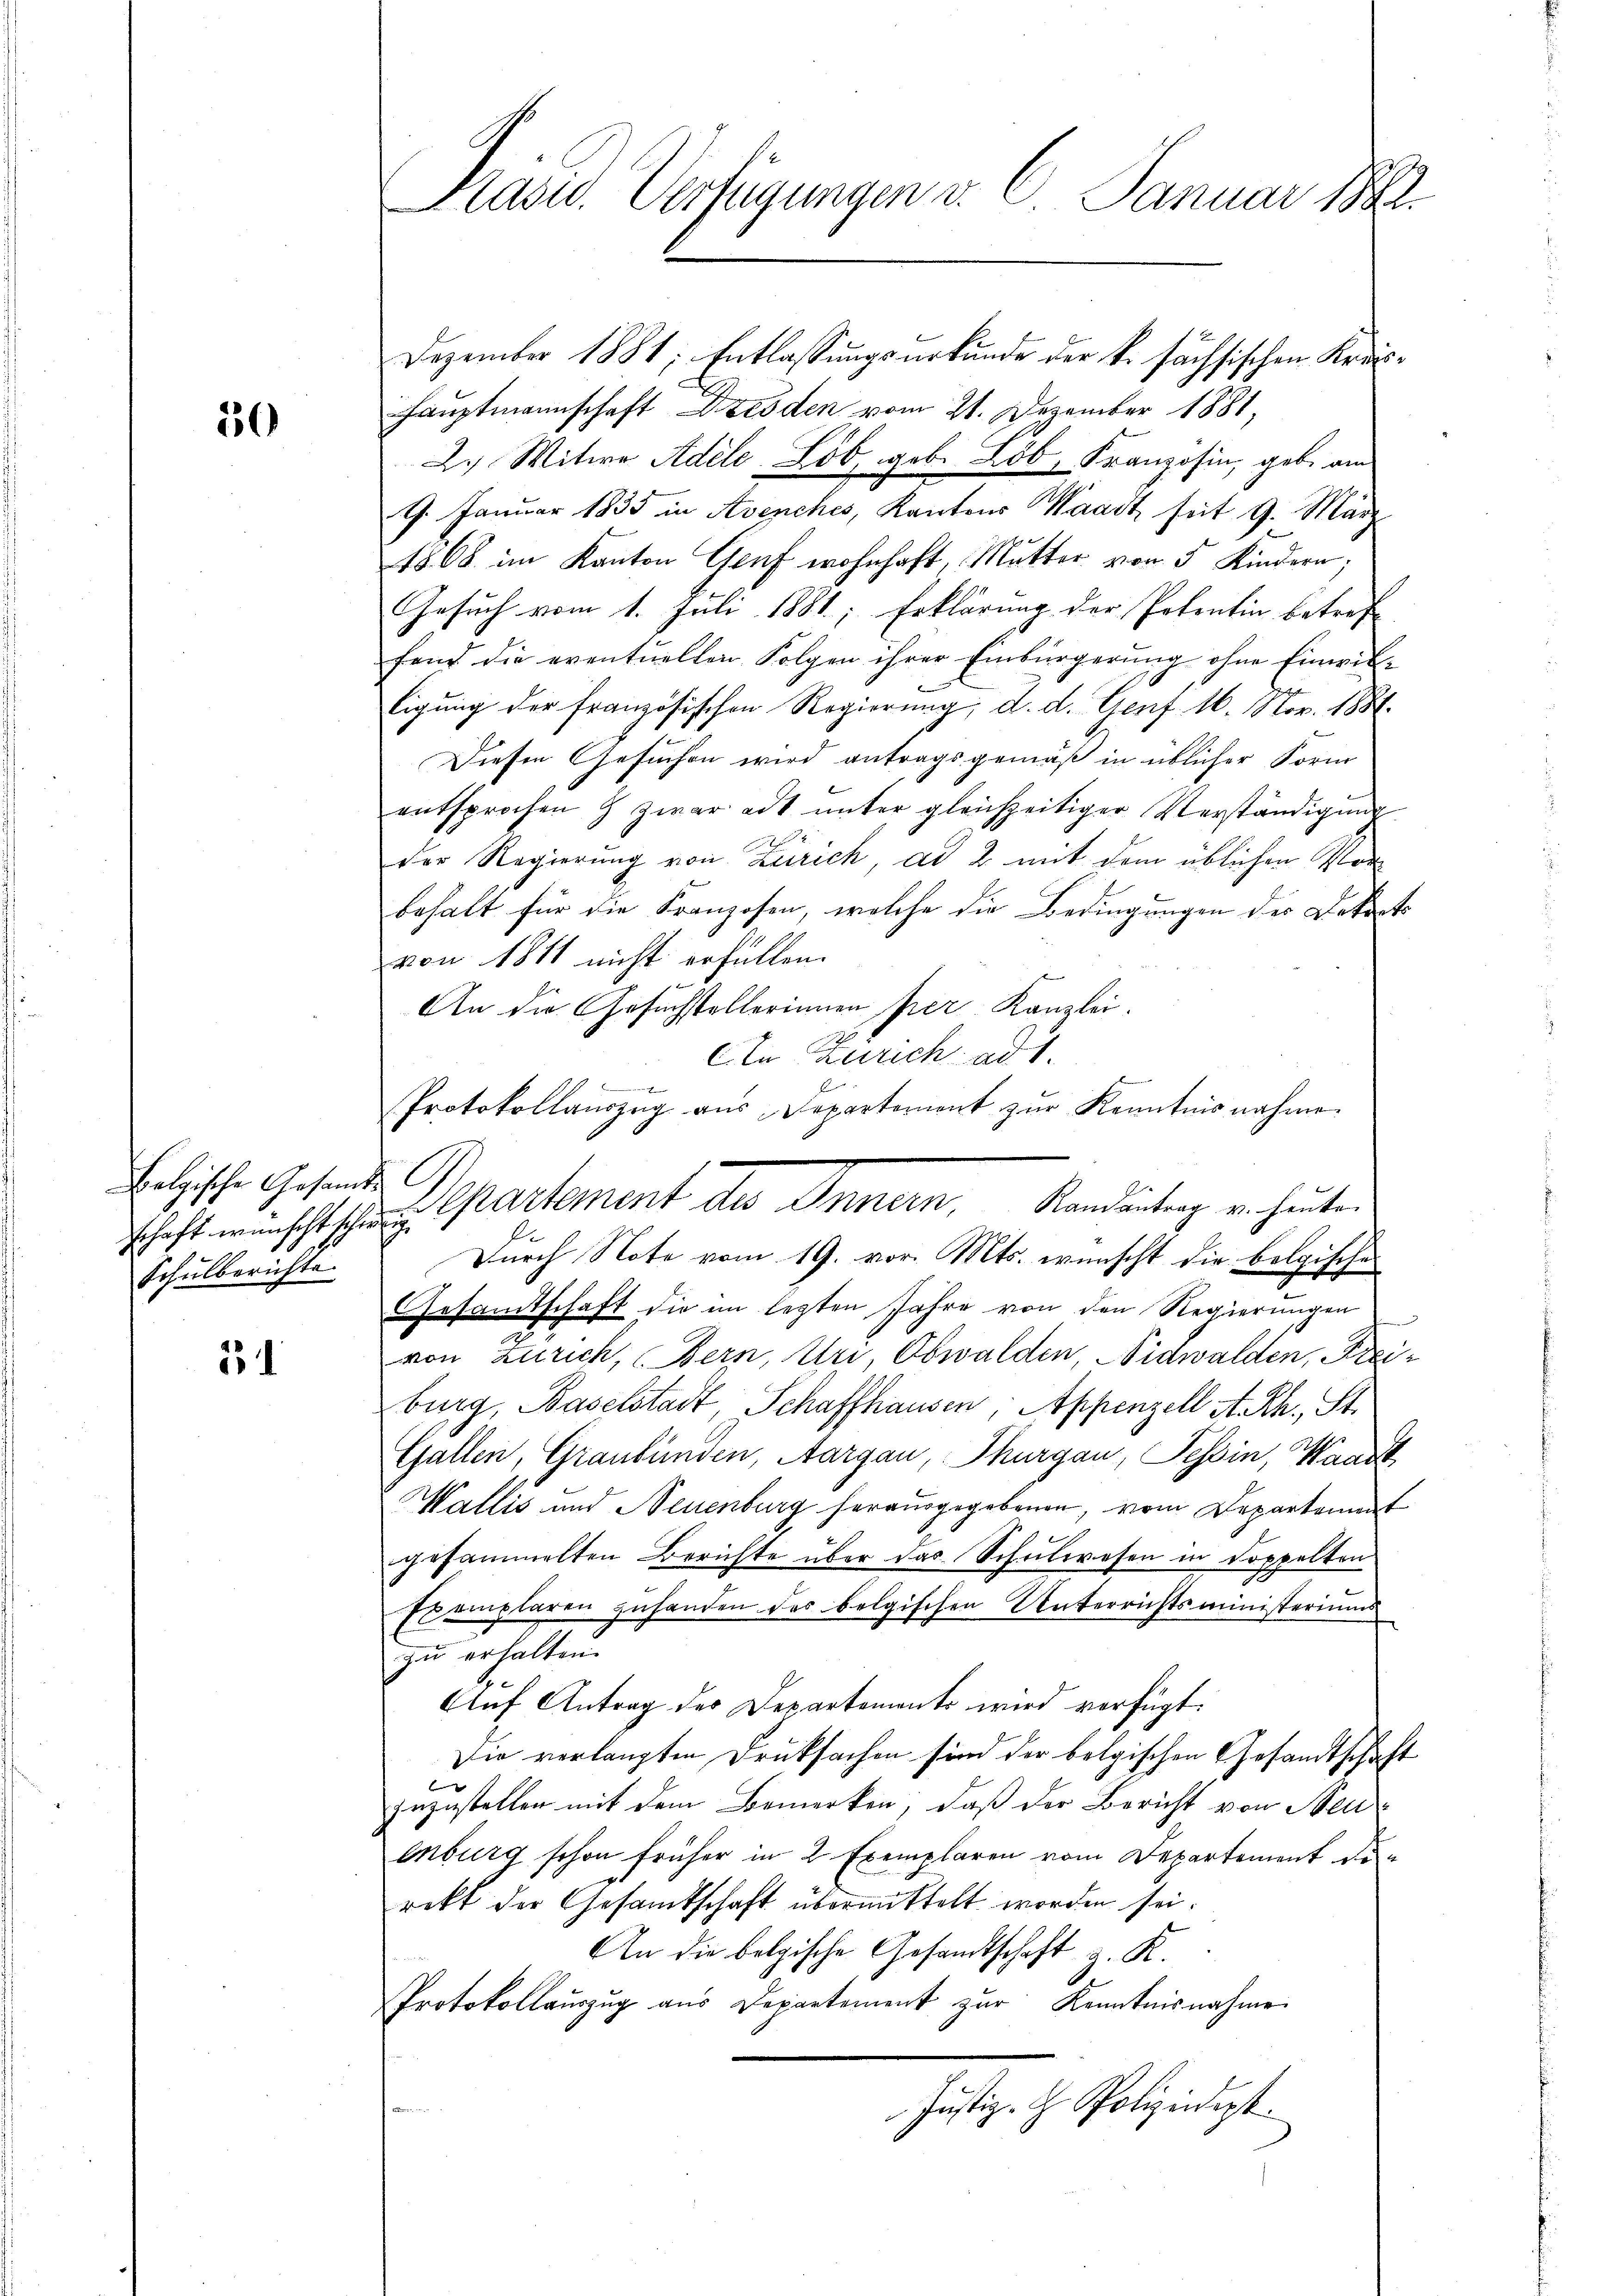
550

Belgische Gesandts C
Schulberichte

2

Pasu. Verfügungen v. 2. Januar 1882.

Dezember 1881; Entlassungsurkunde der k. sächsischen Kreis¬
Hauptmannschaft Dresden vom 21. Dezember 1881,
2.) Witwe Adele Lob, geb. Löb, Französin, gebe am
9. Januar 1835 in Avenches, Kantons Waadt seit 9. März
1808. im Kanton Genf wohnhaft, Mutter von 5 Kindern;
Gesuch vom 1. Juli 1881; Erklärung der Potentin betref-
fens die eventuellen Folgen ihrer Einbürgerung ohne Einwilligung der französischen Regierung, d. d. Genf 16. Nov. 1887.
Diesen Gesuchen wird antragsgemäß in üblicher Form
entsprochen & zwar adt ŭnter gleichzeitiger Verständigŭng
der Regierung von Zürich, ad 2 mit dem üblichen Vor
behalt für die Kranzosen, welche die Bedingungen des Dekorts
von 1811 nicht erfüllen.
An die Gesuchstellerinnen per Kanzlei.
An Zürich ad 1.
Protokollaŭszŭg aŭs Departement zŭr Kenntnisnahme.
Durch Note vom 19. vor. Mts. wünscht die bolgische
Gesamtschaft die im lezten Jahre von den Regierungen
von Zürich, Bern, Uri, Obwalden, Nidwalden, Freiburg, Baselstadt, Schaffhausen; Appenzell A.-Rh., St.
Gallen, Graubünden, Aargau, Thurgau, Tessin, Waadt
Wallis und Neuenburg herausgegebenen, vom Departement
gesammelten Berichte über das Schulwesen in Doppelten
Exemplaren zufanden des belgischen Unterrichtsministeriums
zu erhalten.
Auf Antrag des Departement wird verfügt:
Die verlangten Drucksachen sind der belgischen Gesandtschaft
e
zuzustellen mit dem Bemerken, daß der Bericht von Neu
enburg schon früher in 2 Exemplaren vom Departement den
rekt der Gesamtschaft übermittelt worden sei.
An die belgische Gesandtschaft z. K.
Protokollauszug aus Departement zur Kenntnisnahme
e
Justiz- H. Polizeidigt.

schaft wünscht schon a partement des Innern, Kandeutung von heute.